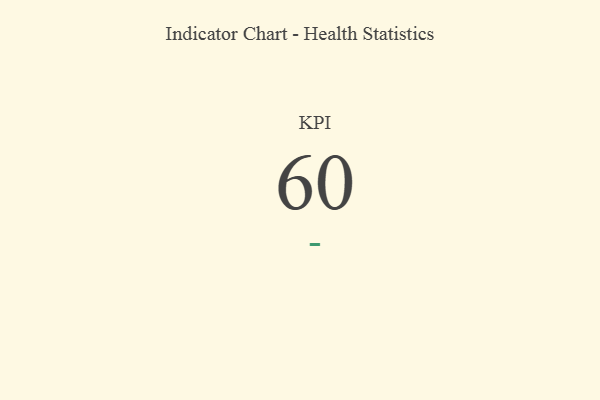
{"axis": {"x": "KPI", "y": "Value"}, "legend": [""], "data": [{"x": "KPI", "y": 60, "type": ""}]}